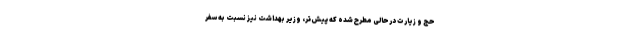
حج و زیارت درحالی مطرح شده که پیش‌تر، وزیر بهداشت نیز نسبت به سفر